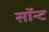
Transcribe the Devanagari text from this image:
सॉन्ट